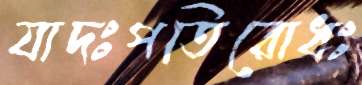
যাদঃপতিরোধঃ